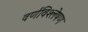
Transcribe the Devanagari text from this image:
वर्णविश्लेषण